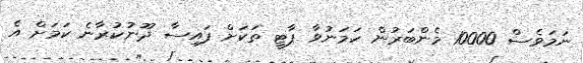
ނަމަވެސް 10000 މެންބަރުން ހަމަނުވާ ޕާޓީ ތަކަށް ފައިސާ ދޫނުކުރާނެ ކަމަށް އެ